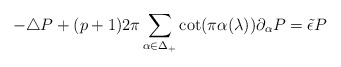
\begin{align*}-\triangle P+(p+1)2\pi\sum_{\alpha\in\Delta_+}\cot(\pi\alpha(\lambda))\partial_\alpha P=\tilde\epsilon P\end{align*}